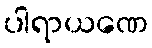
ပါရာယဏေ